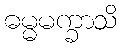
ဓမ္မမက္ခာသိ